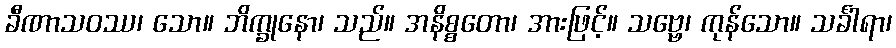
ခီဏာသဝဿ၊ သော။ ဘိက္ခုနော၊ သည်။ အနိစ္စတော၊ အားဖြင့်။ သဗ္ဗေ၊ ကုန်သော။ သင်္ခါရာ၊